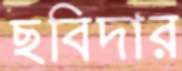
ছবিদার